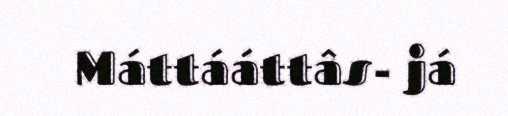
Máttááttâs- já